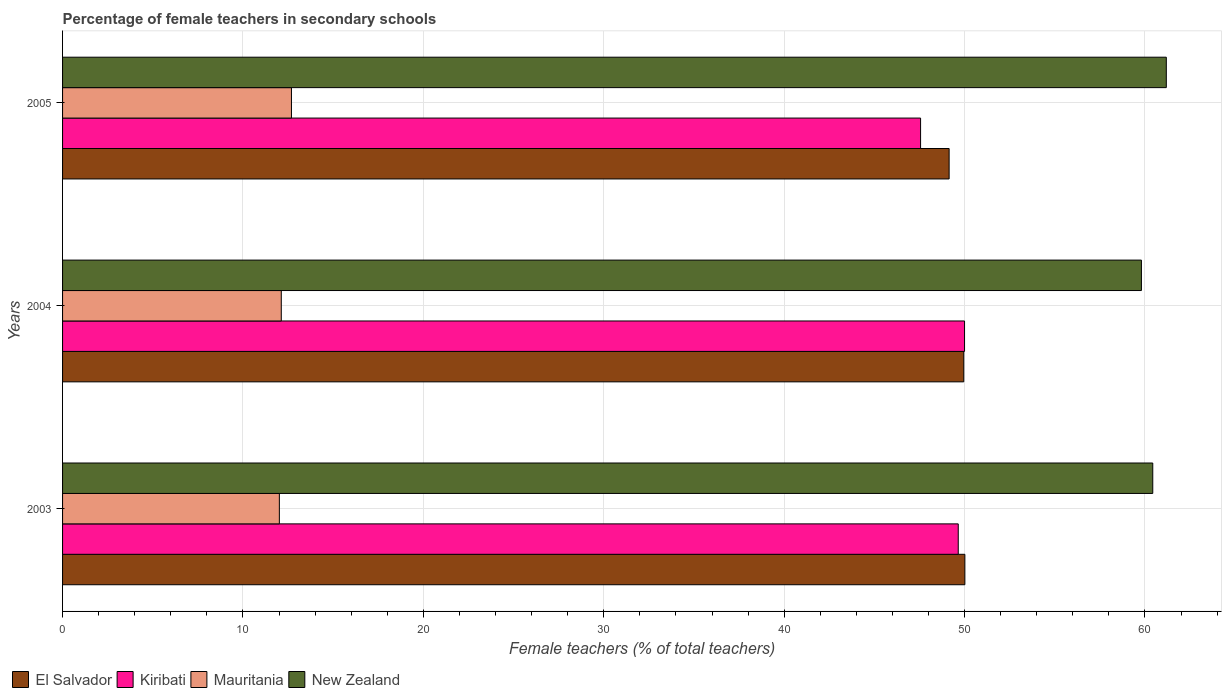
| Years | El Salvador | Kiribati | Mauritania | New Zealand |
 | --- | --- | --- | --- | --- |
 | 2003 | 50 | 49.7 | 12 | 60.4 |
 | 2004 | 50 | 50 | 12.1 | 59.8 |
 | 2005 | 49.1 | 47.6 | 12.7 | 61.2 |